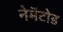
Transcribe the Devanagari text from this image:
नेमॅटोड